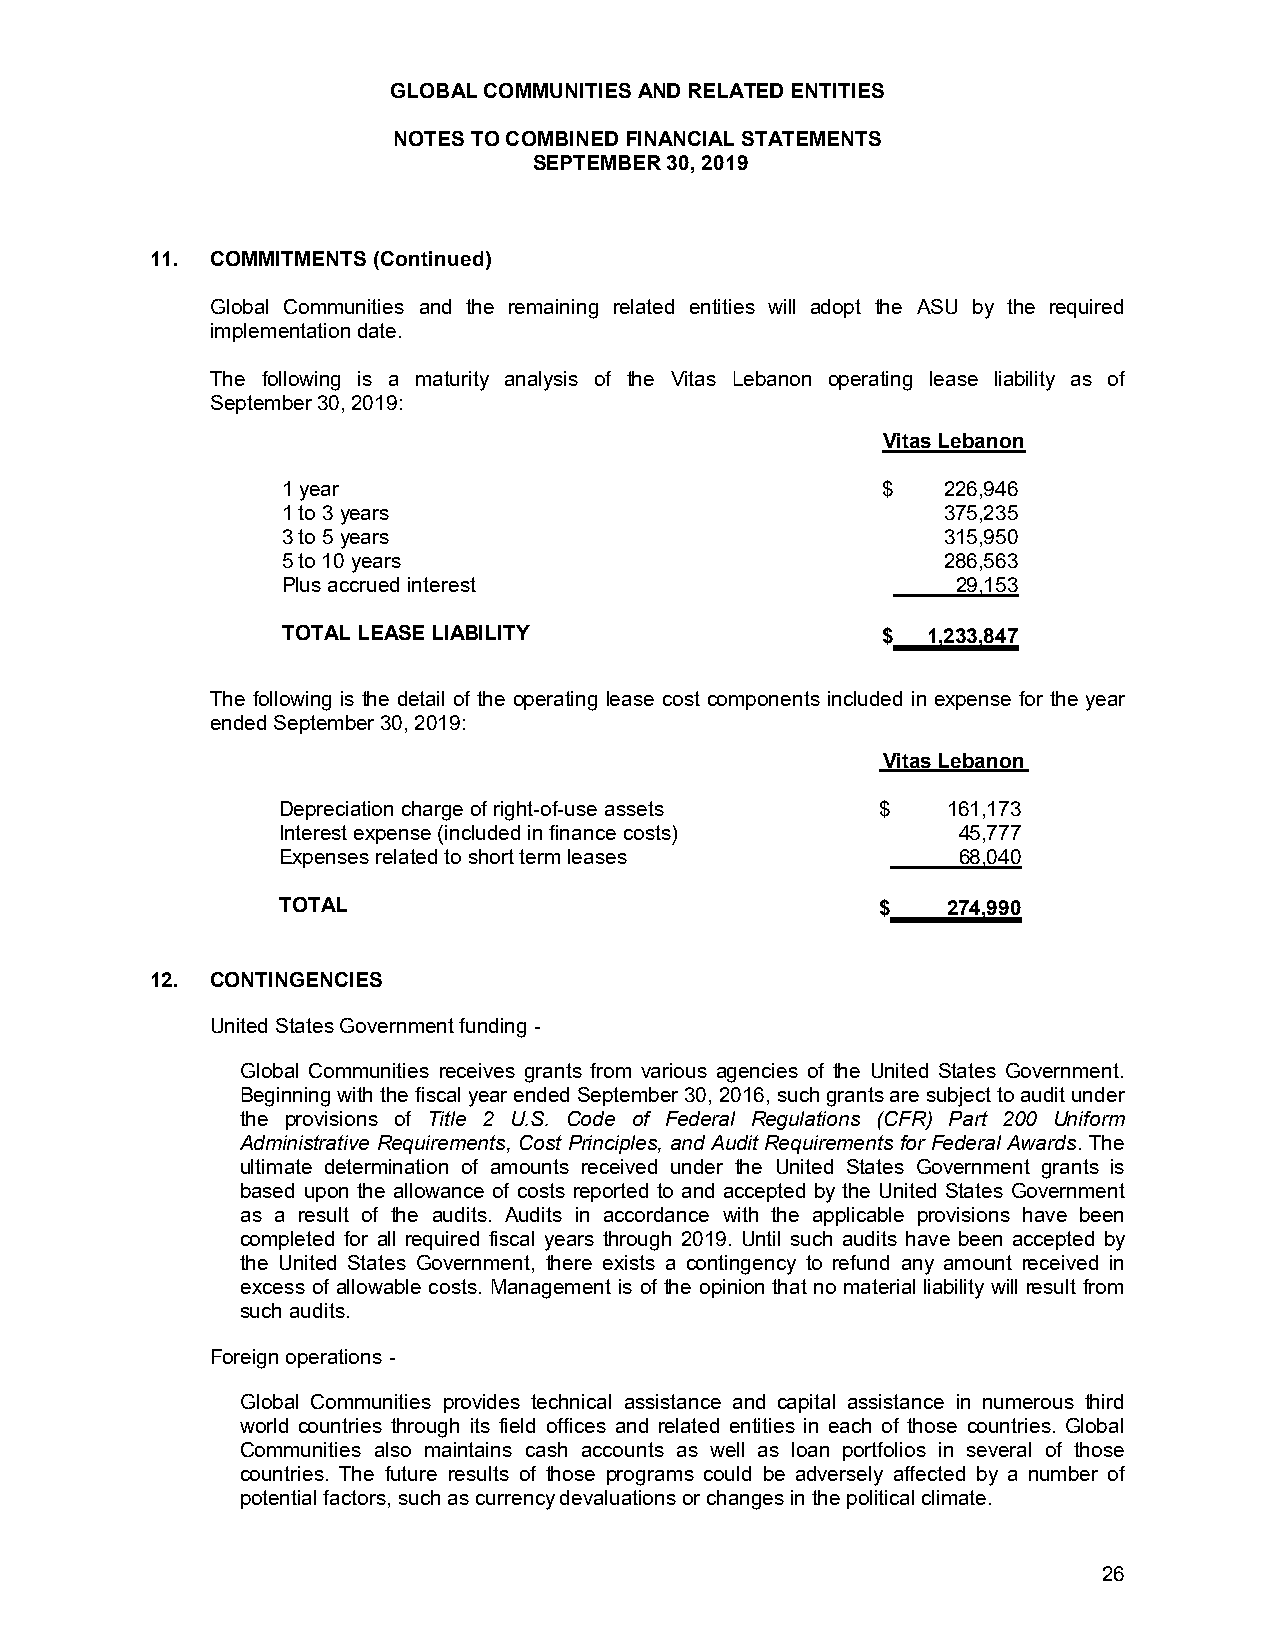
GLOBAL COMMUNITIES AND RELATED ENTITIES
 NOTES TO COMBINED FINANCIAL STATEMENTS
 SEPTEMBER 30, 2019
 11. COMMITMENTS (Continued)
 Global Communities and the remaining related entities will adopt the ASU by the required
 implementation date.
 The following is a maturity analysis of the Vitas Lebanon operating lease liability as of
 September30, 2019:
 Vitas Lebanon
 1 year                                 $    226,946
 1 to 3 years                                375,235
 3 to 5 years                                315,950
 5 to 10 years                               286,563
 Plus accrued interest                       29,153
 TOTAL LEASE LIABILITY                  $  1,233,847
 The following is the detail of the operating lease cost components included in expense for the year
 ended September 30, 2019:
 Vitas Lebanon
 Depreciation charge of right-of-use assets $ 161,173
 Interest expense (included in finance costs) 45,777
 Expenses related to short term leases        68,040
 TOTAL                                   $    274,990
 12. CONTINGENCIES
 United States Government funding -
 Global Communities receives grants from various agencies of the United States Government.
 Beginning with the fiscal year ended September 30, 2016, such grants are subject to audit under
 the provisions of Title 2 U.S. Code of Federal Regulations (CFR) Part 200 Uniform
 Administrative Requirements, Cost Principles, and Audit Requirements for Federal Awards. The
 ultimate determination of amounts received under the United States Government grants is
 based upon the allowance of costs reported to and accepted by the United States Government
 as a result of the audits. Audits in accordance with the applicable provisions have been
 completed for all required fiscal years through 2019. Until such audits have been accepted by
 the United States Government, there exists a contingency to refund any amount received in
 excess of allowable costs. Management is of the opinion that no material liability will result from
 such audits.
 Foreign operations -
 Global Communities provides technical assistance and capital assistance in numerous third
 world countries through its field offices and related entities in each of those countries. Global
 Communities also maintains cash accounts as well as loan portfolios in several of those
 countries. The future results of those programs could be adversely affected by a number of
 potential factors, such as currency devaluations or changes in the political climate.
 26